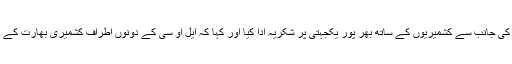
ملاقات میں آزاد کشمیر کے سینئر وزیر نے پاکستان کی حکومت اور عوام کی جانب سے کشمیریوں کے ساتھ بھر پور یکجہتی پر شکریہ ادا کیا اور کہا کہ ایل او سی کے دونوں اطراف کشمیری بھارت کے ظلم و تشدد اور جارحیت کا بڑے حوصلہ اور عزم سے مقابلہ کر رہے ہیں۔